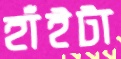
হাঁইটা